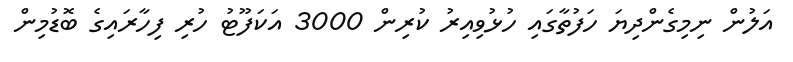
އަލުން ނިމިގެންދިޔަ ހަފުތާގައި ހުޅުވިއިރު ކުރިން 3000 އަކަފޫޓު ހުރި ފިހާރައިގެ ބޮޑުމިން